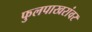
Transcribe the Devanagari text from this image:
फुलपाखरांवर